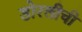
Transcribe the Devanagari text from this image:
डोरलीची